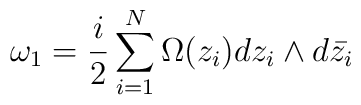
\omega_{1}=\frac{i}{2}\sum_{i=1}^{N}\Omega (z_{i})dz_{i}\wedge d\bar{z_{i}}